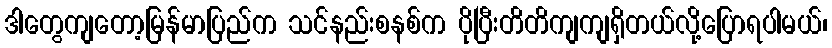
ဒါတွေကျတော့မြန်မာပြည်က သင်နည်းစနစ်က ပိုပြီးတိတိကျကျရှိတယ်လို့ပြောရပါမယ်၊